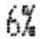
6%